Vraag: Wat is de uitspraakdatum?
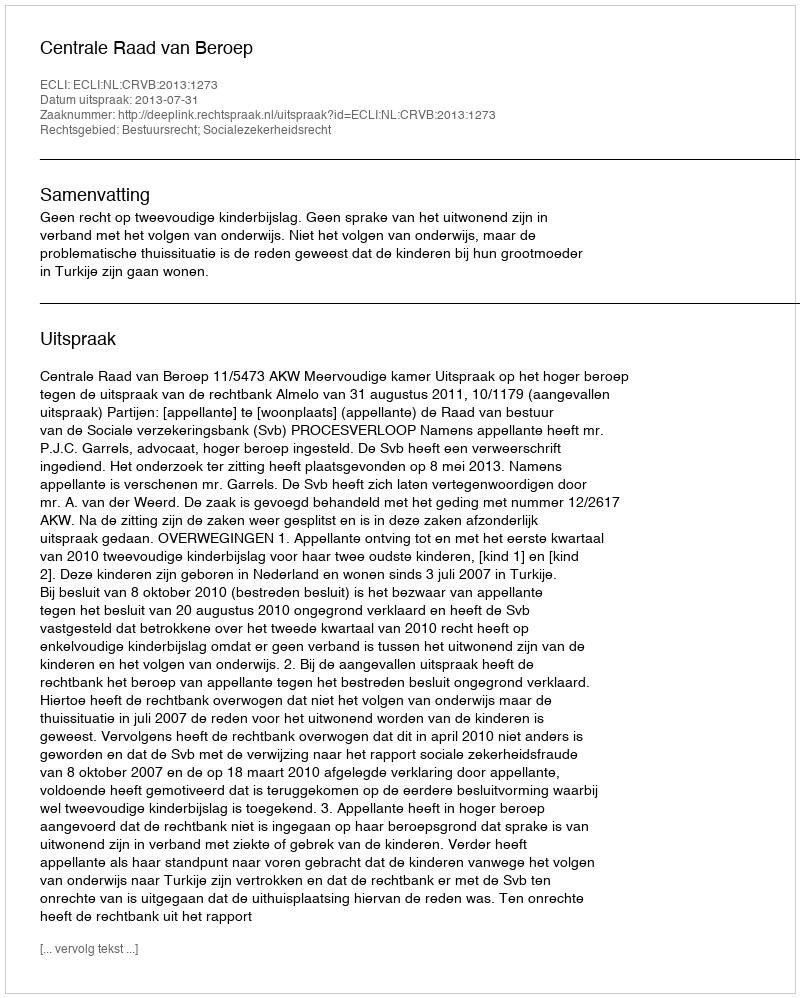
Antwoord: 2013-07-31